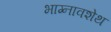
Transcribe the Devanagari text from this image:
भाग्नावशेथ